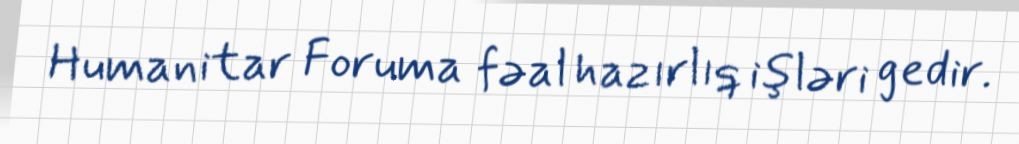
Humanitar Foruma fəal hazırlıq işləri gedir.